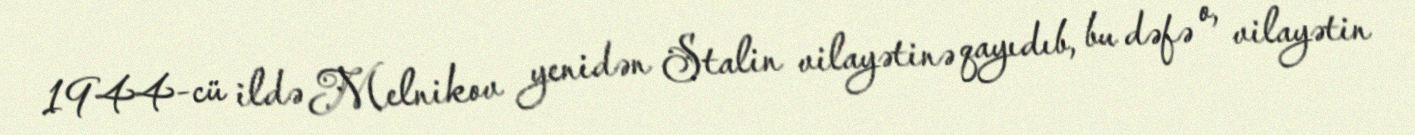
1944-cü ildə Melnikov yenidən Stalin vilayətinə qayıdıb, bu dəfə o, vilayətin